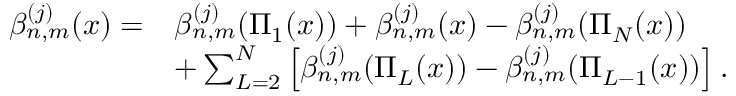
\begin{array} { r l } { \beta _ { n , m } ^ { ( j ) } ( x ) = } & { \beta _ { n , m } ^ { ( j ) } ( \Pi _ { 1 } ( x ) ) + \beta _ { n , m } ^ { ( j ) } ( x ) - \beta _ { n , m } ^ { ( j ) } ( \Pi _ { N } ( x ) ) } \\ & { + \sum _ { L = 2 } ^ { N } \left[ \beta _ { n , m } ^ { ( j ) } ( \Pi _ { L } ( x ) ) - \beta _ { n , m } ^ { ( j ) } ( \Pi _ { L - 1 } ( x ) ) \right] . } \end{array}